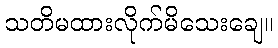
သတိမထားလိုက်မိသေးချေ။